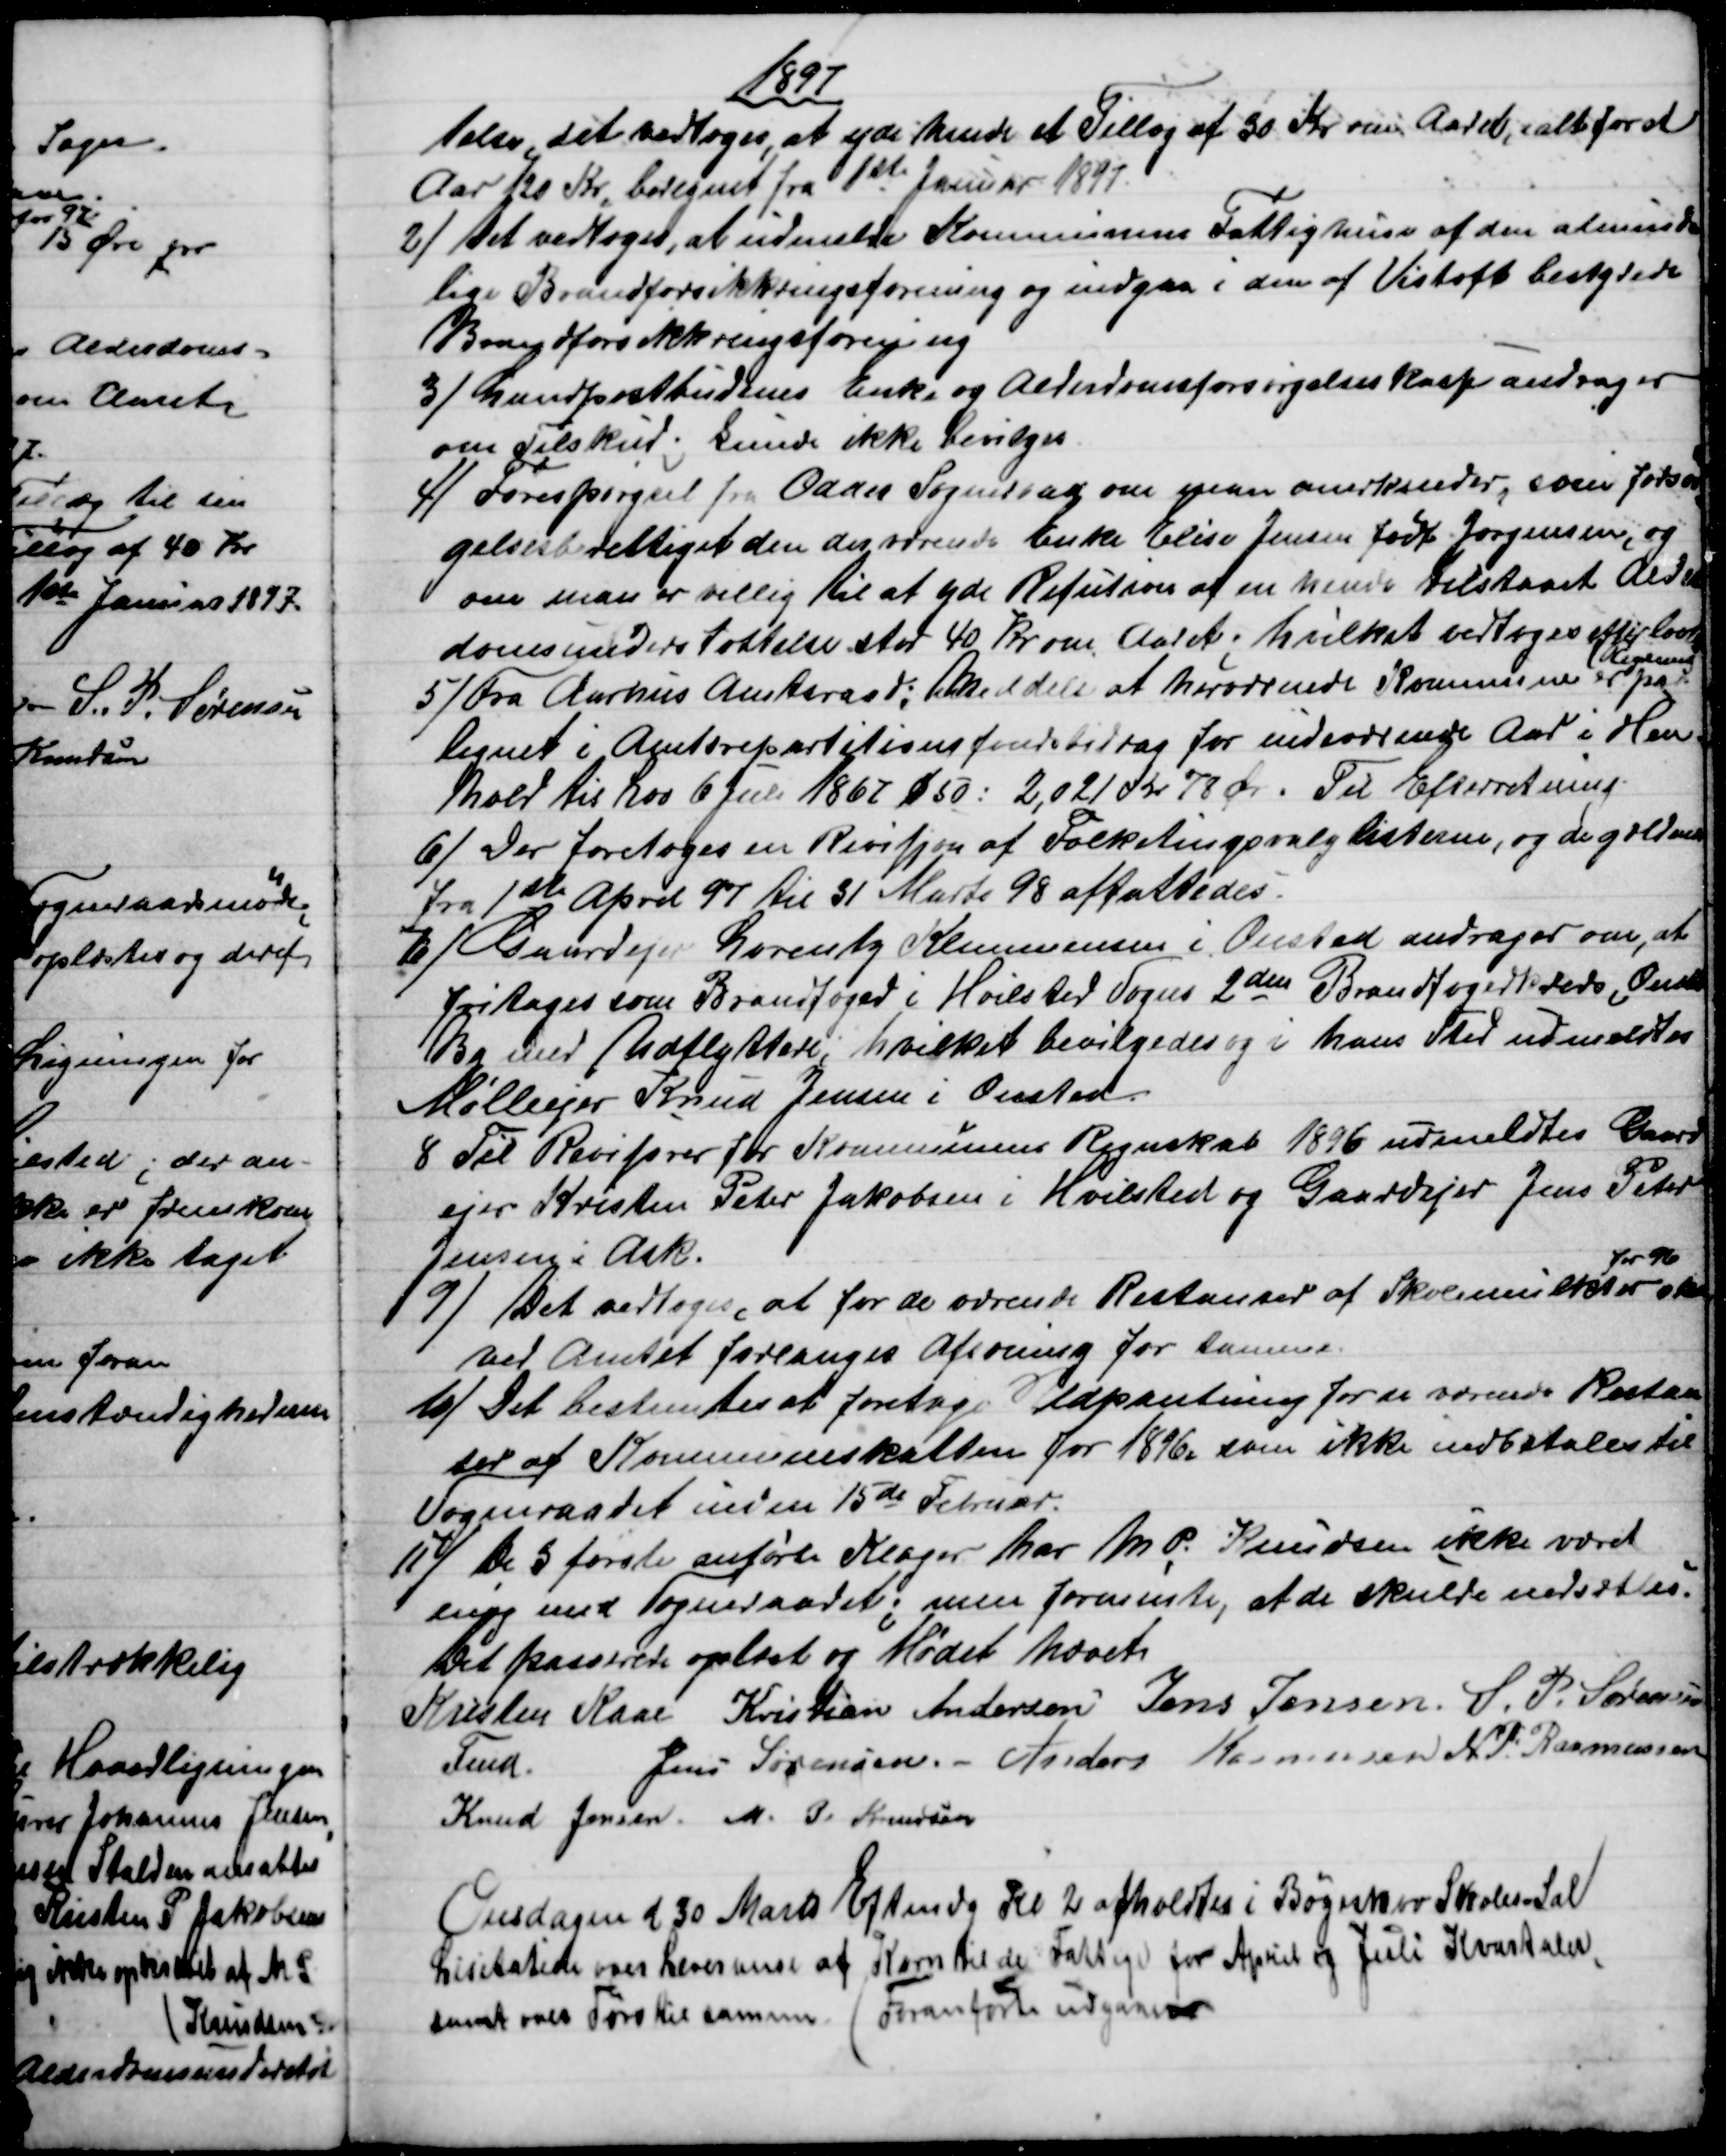
Transskription:
1897
telse, det vedtoges, at yde hende et Tillæg af 30 Kr. om Aaret, ialt for et
Aar 120 Kr, beregnet fra 1ste Januar 1897
2)
Det vedtoges, at udmelde Kommunens Fattighuse af den alminde
lige Brandforsikkringsforening og indgaa i den af Vistoft bestyrede
Brandforsikkringsforening
3) 
Landpostbudenes Enke og Alderdomsforsørgelseskasse andrager
om Tilskud, kunde ikke bevilges.
4) 
Forespørgsel fra Odder Sogneraad om man anerkender, som forsør
gelsesberettiget den derværende Enke Elise Jensen født Jørgensen, og
om man er villig til at yde Refution af en hende tilstaaet Alder
domsunderstøttelse stor 40 Kr om Aaret; hvilket vedtoges efter lovlig
Regning
5)
Fra Aarhus Amtsraad; Meddeles at herværende Kommune er paa-
lignet i Amtsrepartitionsfondsbidrag for indeværende Aar i Hen=
hold til Lov 6 Juli 1867 § 50: 2,021 Kr 78 Øre. Til Efterretning.
6) 
Der foretoges en Revisjon af Folketingsvalglisterne, og de gældende
fra 1ste April 97 til 31 Marts 98 affattedes.
7)
Gaardejer Lorentz Klemmensen i Onsted andrager om, at
fritages som Brandfoged i Hvilsted Sogns 2den Brandfogedkreds, Onsted
By med Udflyttere; hvilket bevilgedes og i hans Sted udmeldtes
Mølleejer Knud Jensen i Onsted.
8 
Til Revisorer for Kommunens Regnskab 1896 udmeldtes Gaard
ejer Kristen Peter Jakobsen i Hvilsted og Gaardejer Jens Peter
Jensen i Ask.
9) 
Det vedtoges, at for de værende Restanser af Skolemulkter 
for 96
skal
ved Amtet forlanges Afsoning for samme.
10)
Det bestemtes at foretage Udpantning for de værende Restan
ser af Kommuneskatten for 1896, som ikke indbetales til
Sogneraadet inden 15de Februar.
11)
De 3 første anførte Klager har M. P. Knudsen ikke været
enig med Sogneraadet; men formente, at de skulde nedsættes.
Det passerede oplæst og Mødet hævet
Kristen Kaae 
Fmd.
Kristian Andersen Jens Jensen. S. P. Sørensen
Jens Sørensen. - Anders Rasmussen N. P. Rasmussen
Knud Jensen. M. P. Knudsen
Onsdagen d 30 Marts Eftmdg Kl. 2 afholdtes i Bøgeskov Skoles-Sal
Lisitation over Leveranse af Korn til de Fattige for April og Juli Kvartaler
anet over Tørv til samme ( Foranførte udganen